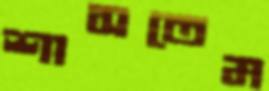
শাসতেম